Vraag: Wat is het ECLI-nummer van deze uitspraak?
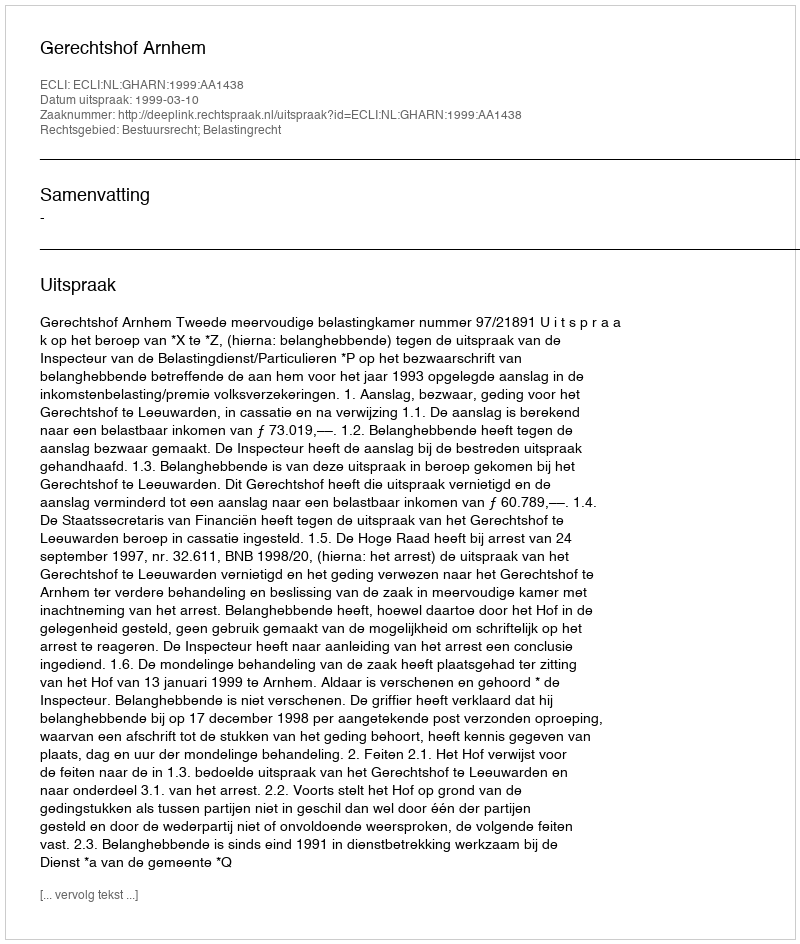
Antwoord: ECLI:NL:GHARN:1999:AA1438